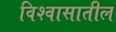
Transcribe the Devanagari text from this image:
विश्‍वासातील